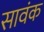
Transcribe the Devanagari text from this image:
सावंक